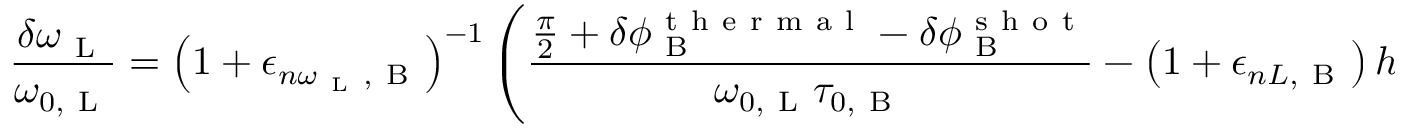
\frac { \delta \omega _ { \mathrm { ~ L ~ } } } { \omega _ { 0 , \mathrm { ~ L ~ } } } = \left( 1 + \epsilon _ { n \omega _ { \mathrm { ~ L ~ } } , \mathrm { ~ B ~ } } \right) ^ { - 1 } \left( \frac { \frac { \pi } { 2 } + \delta \phi _ { \mathrm { ~ B ~ } } ^ { \mathrm { ~ t ~ h ~ e ~ r ~ m ~ a ~ l ~ } } - \delta \phi _ { \mathrm { ~ B ~ } } ^ { \mathrm { ~ s ~ h ~ o ~ t ~ } } } { \omega _ { 0 , \mathrm { ~ L ~ } } \tau _ { 0 , \mathrm { ~ B ~ } } } - \left( 1 + \epsilon _ { n L , \mathrm { ~ B ~ } } \right) h _ { \mathrm { ~ B ~ } } ^ { \mathrm { ~ a ~ c ~ o ~ u ~ s ~ t ~ i ~ c ~ } } - \left( \epsilon _ { n x , \mathrm { ~ B ~ } } - 1 \right) \frac { \delta x } { x _ { 0 } } \right) .